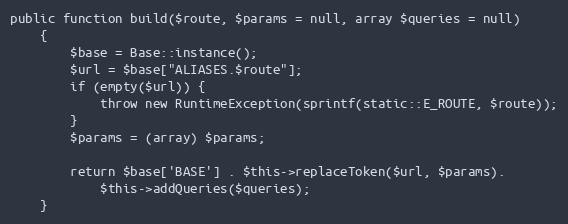
Language: PHP
public function build($route, $params = null, array $queries = null)
    {
        $base = Base::instance();
        $url = $base["ALIASES.$route"];
        if (empty($url)) {
            throw new RuntimeException(sprintf(static::E_ROUTE, $route));
        }
        $params = (array) $params;

        return $base['BASE'] . $this->replaceToken($url, $params).
            $this->addQueries($queries);
    }